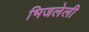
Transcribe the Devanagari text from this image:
भिजलेली